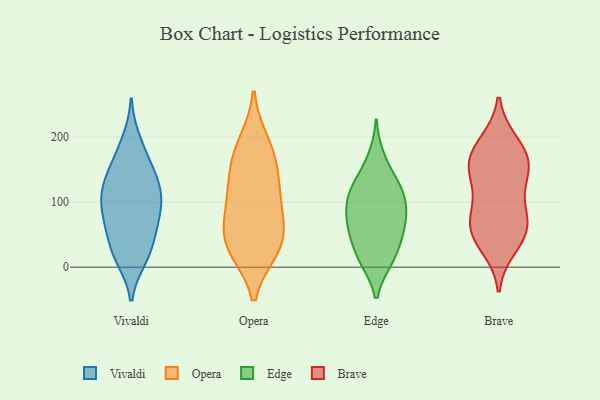
{"axis": {"x": "Temperature (°C)", "y": "Value"}, "legend": ["Brave", "Edge", "Opera", "Vivaldi"], "data": [{"x": "", "y": 87, "type": "Vivaldi"}, {"x": "", "y": 13, "type": "Vivaldi"}, {"x": "", "y": 140, "type": "Vivaldi"}, {"x": "", "y": 103, "type": "Vivaldi"}, {"x": "", "y": 84, "type": "Vivaldi"}, {"x": "", "y": 180, "type": "Vivaldi"}, {"x": "", "y": 115, "type": "Vivaldi"}, {"x": "", "y": 57, "type": "Vivaldi"}, {"x": "", "y": 58, "type": "Vivaldi"}, {"x": "", "y": 195, "type": "Vivaldi"}, {"x": "", "y": 116, "type": "Vivaldi"}, {"x": "", "y": 28, "type": "Vivaldi"}, {"x": "", "y": 98, "type": "Vivaldi"}, {"x": "", "y": 27, "type": "Vivaldi"}, {"x": "", "y": 143, "type": "Vivaldi"}, {"x": "", "y": 70, "type": "Vivaldi"}, {"x": "", "y": 155, "type": "Vivaldi"}, {"x": "", "y": 130, "type": "Vivaldi"}, {"x": "", "y": 13, "type": "Vivaldi"}, {"x": "", "y": 45, "type": "Opera"}, {"x": "", "y": 153, "type": "Opera"}, {"x": "", "y": 37, "type": "Opera"}, {"x": "", "y": 176, "type": "Opera"}, {"x": "", "y": 74, "type": "Opera"}, {"x": "", "y": 109, "type": "Opera"}, {"x": "", "y": 191, "type": "Opera"}, {"x": "", "y": 28, "type": "Opera"}, {"x": "", "y": 92, "type": "Opera"}, {"x": "", "y": 28, "type": "Opera"}, {"x": "", "y": 133, "type": "Opera"}, {"x": "", "y": 11, "type": "Edge"}, {"x": "", "y": 117, "type": "Edge"}, {"x": "", "y": 54, "type": "Edge"}, {"x": "", "y": 13, "type": "Edge"}, {"x": "", "y": 62, "type": "Edge"}, {"x": "", "y": 111, "type": "Edge"}, {"x": "", "y": 124, "type": "Edge"}, {"x": "", "y": 80, "type": "Edge"}, {"x": "", "y": 88, "type": "Edge"}, {"x": "", "y": 169, "type": "Edge"}, {"x": "", "y": 11, "type": "Edge"}, {"x": "", "y": 85, "type": "Edge"}, {"x": "", "y": 110, "type": "Edge"}, {"x": "", "y": 55, "type": "Edge"}, {"x": "", "y": 141, "type": "Edge"}, {"x": "", "y": 42, "type": "Edge"}, {"x": "", "y": 149, "type": "Brave"}, {"x": "", "y": 62, "type": "Brave"}, {"x": "", "y": 66, "type": "Brave"}, {"x": "", "y": 150, "type": "Brave"}, {"x": "", "y": 187, "type": "Brave"}, {"x": "", "y": 87, "type": "Brave"}, {"x": "", "y": 32, "type": "Brave"}, {"x": "", "y": 166, "type": "Brave"}, {"x": "", "y": 138, "type": "Brave"}, {"x": "", "y": 51, "type": "Brave"}, {"x": "", "y": 191, "type": "Brave"}, {"x": "", "y": 51, "type": "Brave"}, {"x": "", "y": 96, "type": "Brave"}, {"x": "", "y": 160, "type": "Brave"}]}